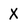
Character: X